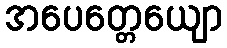
အပေတ္တေယျော